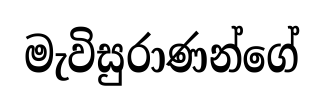
මැවිසුරාණන්ගේ